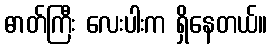
ဓာတ်ကြီး လေးပါးက ရှိနေတယ်။